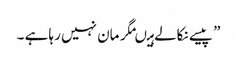
” پیسے نکالے ہیںمگر مان نہیں رہا ہے ۔